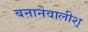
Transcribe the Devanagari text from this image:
बनानेवालीश्